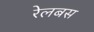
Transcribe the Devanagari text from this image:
रेलबस